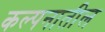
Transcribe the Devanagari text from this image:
कल्पनातील